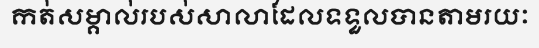
កត់សម្គាល់របស់សាលាដែលទទួលបានតាមរយៈ